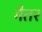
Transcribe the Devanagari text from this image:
मैतर